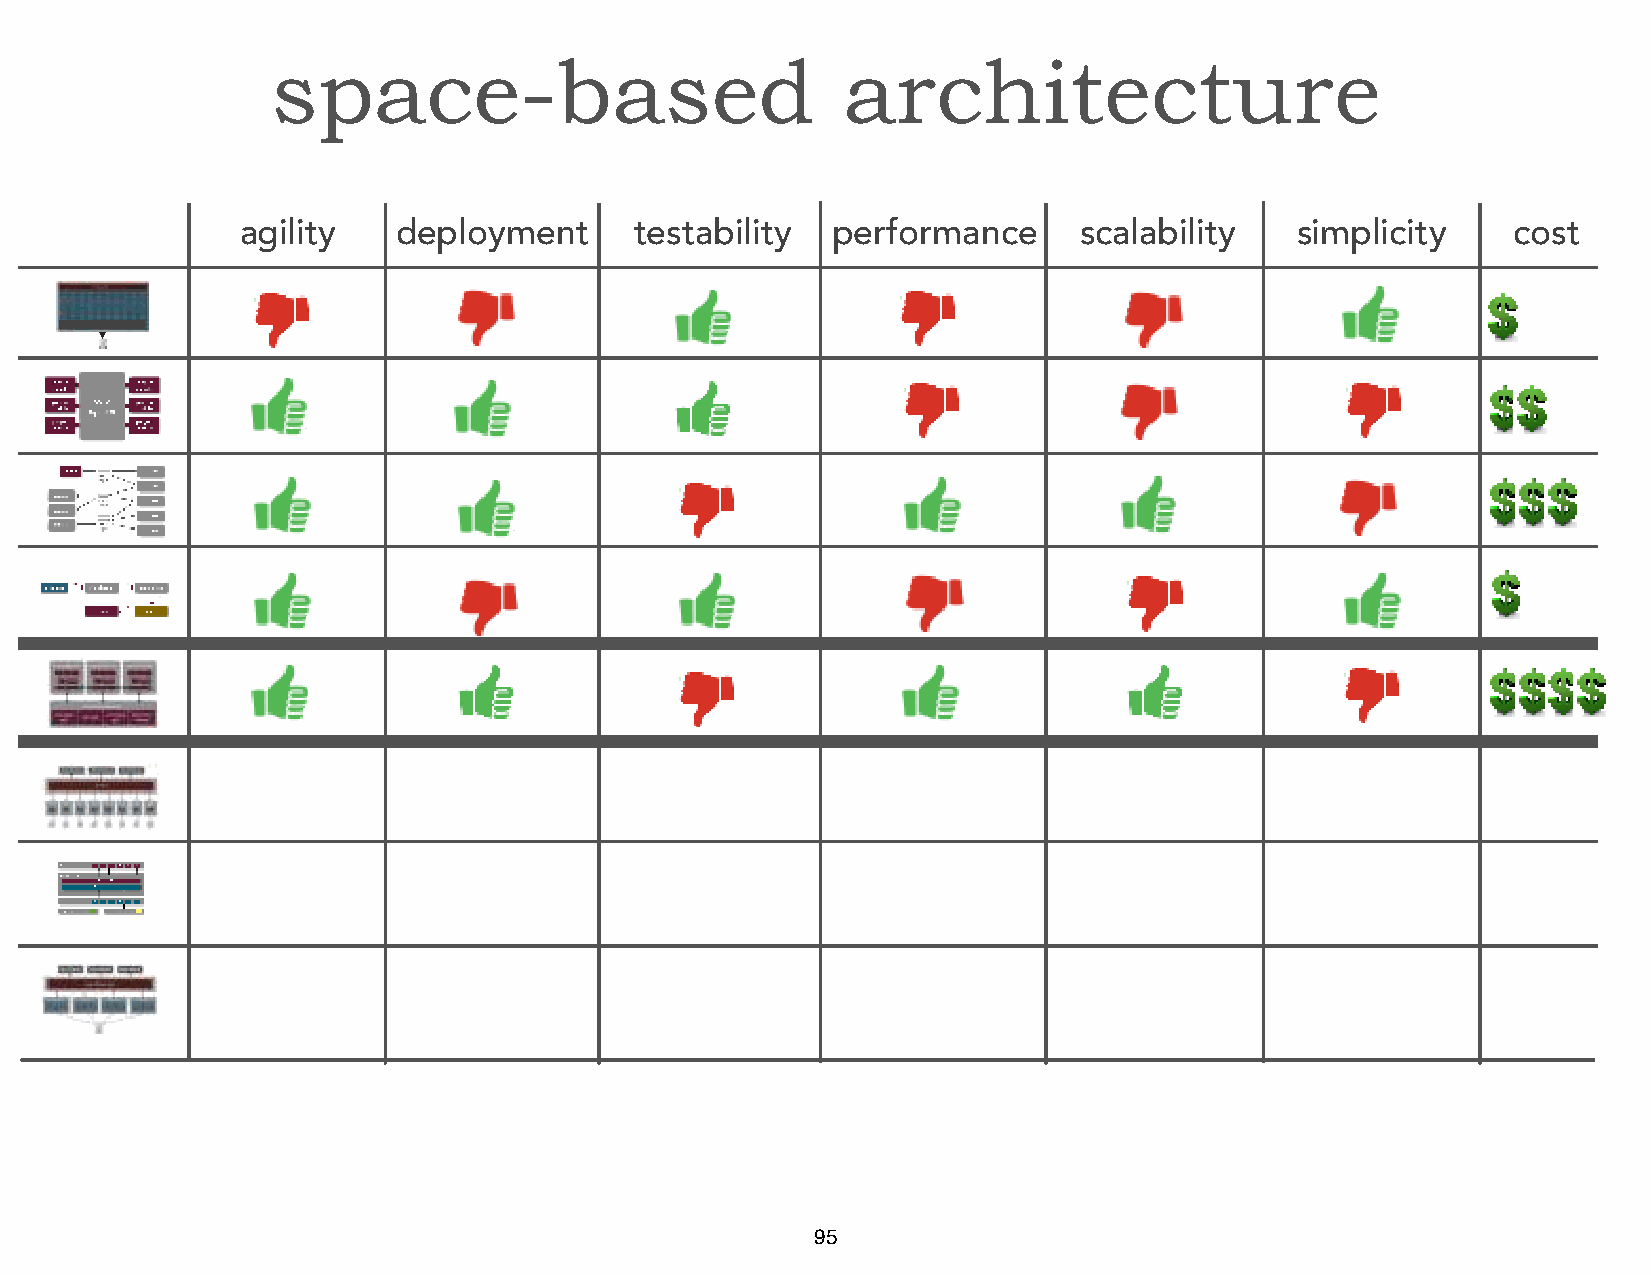
space-based                           architecture
 agility   deployment      testabilit y performance     scalability    simplic ity   cost
 95